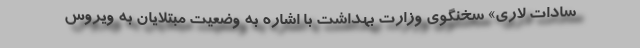
سادات لاری» سخنگوی وزارت بهداشت با اشاره به وضعیت مبتلایان به ویروس